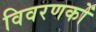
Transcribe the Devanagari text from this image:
विवरणकों